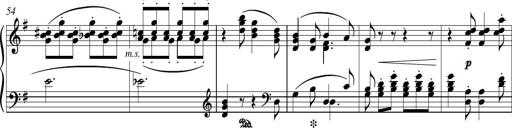
Title: Piano Sonatina in G major
Composer: Johan Peter Emilius Hartmann
Key: G major